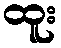
ထူး